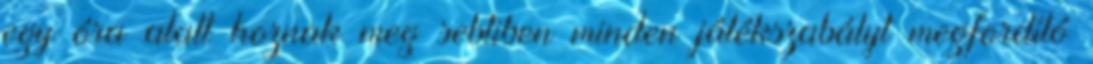
egy óra alatt hoznak meg sebtiben minden játékszabályt megfordító